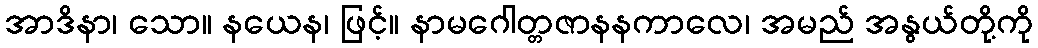
အာဒိနာ၊ သော။ နယေန၊ ဖြင့်။ နာမဂေါတ္တဇာနနကာလေ၊ အမည် အနွယ်တို့ကို